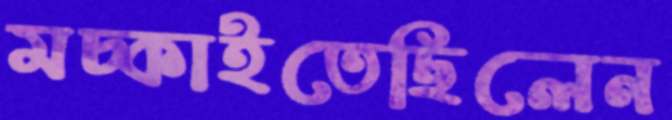
মচ্‌কাইতেছিলেন